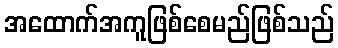
အထောက်အကူဖြစ်စေမည်ဖြစ်သည်